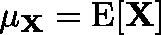
\mathbf { \mu _ { X } } = \operatorname { E } [ \mathbf { X } ]